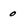
Character: 0